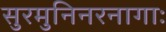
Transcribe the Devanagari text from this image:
सुरमुनिनरनागाः